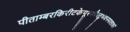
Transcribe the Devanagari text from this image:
पीताम्बरकिरीटकेयूरकौस्तुभवनमालाधरं